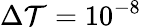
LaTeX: \Delta\mathcal{T}=10^{-8}